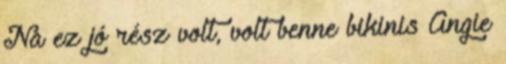
Na ez jó rész volt, volt benne bikinis Angie